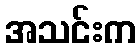
အသင်းက